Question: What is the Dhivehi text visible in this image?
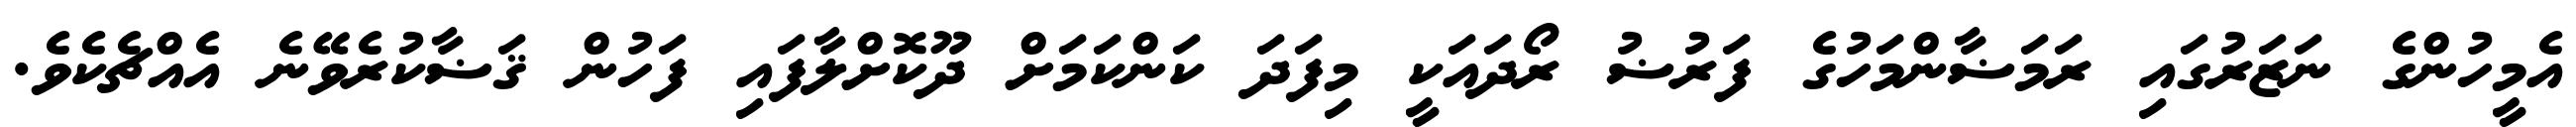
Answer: އެމީހުންގެ ނަޒަރުގައި ރަމަޟާންމަހުގެ ފަރުޟު ރޯދައަކީ މިފަދަ ކަންކަމަށް ދޫކޮށްލާފައި ފަހުން ޤަޟާކުރެވޭނެ އެއްޗެކެވެ.